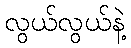
လွယ်လွယ်နဲ့